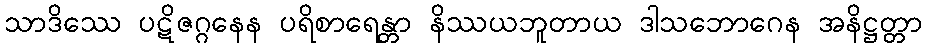
သာဒိဿေ ပဋိဇဂ္ဂနေန ပရိစာရေန္တာ နိဿယဘူတာယ ဒါသဘောဂေန အနိဋ္ဌတ္တာ